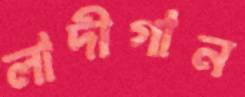
লাদীগান